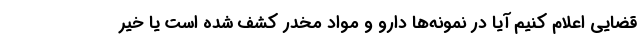
قضایی اعلام کنیم آیا در نمونه‌ها دارو و مواد مخدر کشف شده است یا خیر